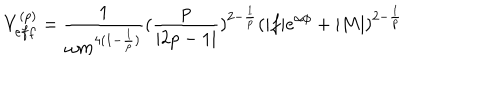
V _ { e f f } ^ { ( p ) } = \frac { 1 } { \omega m ^ { 4 ( 1 - \frac { 1 } { p } ) } } ( \frac { p } { | 2 p - 1 | } ) ^ { 2 - \frac { 1 } { p } } ( | f | e ^ { \alpha \phi } + | M | ) ^ { 2 - \frac { 1 } { p } }